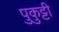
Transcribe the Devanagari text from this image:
पुकुट्टी